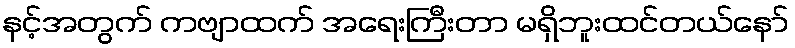
နင့်အတွက် ကဗျာထက် အရေးကြီးတာ မရှိဘူးထင်တယ်နော်